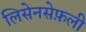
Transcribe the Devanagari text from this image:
लिसेनसेफ़ली